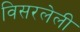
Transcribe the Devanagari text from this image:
विसरलेली